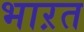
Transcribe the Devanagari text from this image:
भाऱत